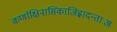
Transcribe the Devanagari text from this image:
कर्णाक्षिनासिकाजिह्लादन्ताःअ